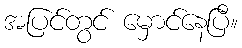
အပြင်တွင် မှောင်နေပြီ။